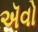
ઍવો